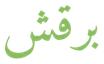
برقش